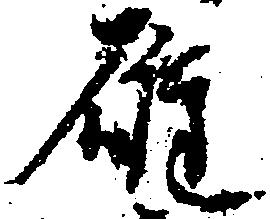
雄